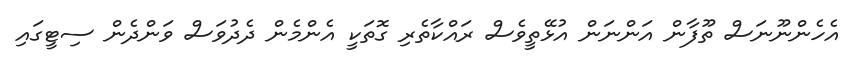
އެހެންނޫނަސް ތޫފާން އަންނަން އުޅޭތީވެސް ރައްކާތެރި ގޮތަކީ އެންމެން ދެދުވަސް ވަންދެން ސިޓީގައި